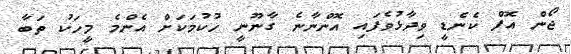
ޖޯން އޮފް ކެނެޑީ ވިދާޅުވެފައި އޮންނާނެ ގާނޫނީ ހުކުމަކަށް އެންމެ މީހަކު ތަބާ